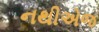
નથીએજ